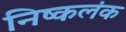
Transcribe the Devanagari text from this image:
निष्‍कलंक